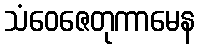
သံဝေဇေတုကာမေန